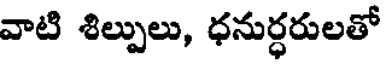
వాటి శిల్పులు, ధనుర్ధరులతో